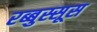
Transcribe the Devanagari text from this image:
रब्बुस्सूस